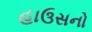
હાઉસનો